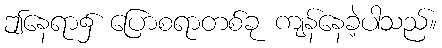
ဤနေရာ၌ ပြောစရာတစ်ခု ကျန်နေခဲ့ပါသည်။